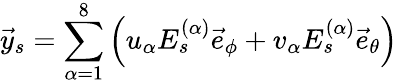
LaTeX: \vec{y}_{s}=\sum_{\alpha=1}^{8}\left(u_{\alpha}E_{s}^{(\alpha)}\vec{e}_{\phi}+v_{\alpha}E_{s}^{(\alpha)}\vec{e}_{\theta}\right)